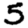
Digit: 5